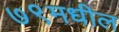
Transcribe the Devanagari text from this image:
७९मधील